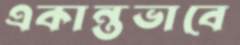
একান্তভাবে